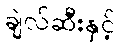
ချဲလ်ဆီးနှင့်